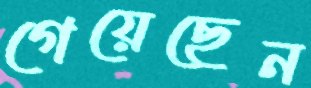
গেয়েছেন